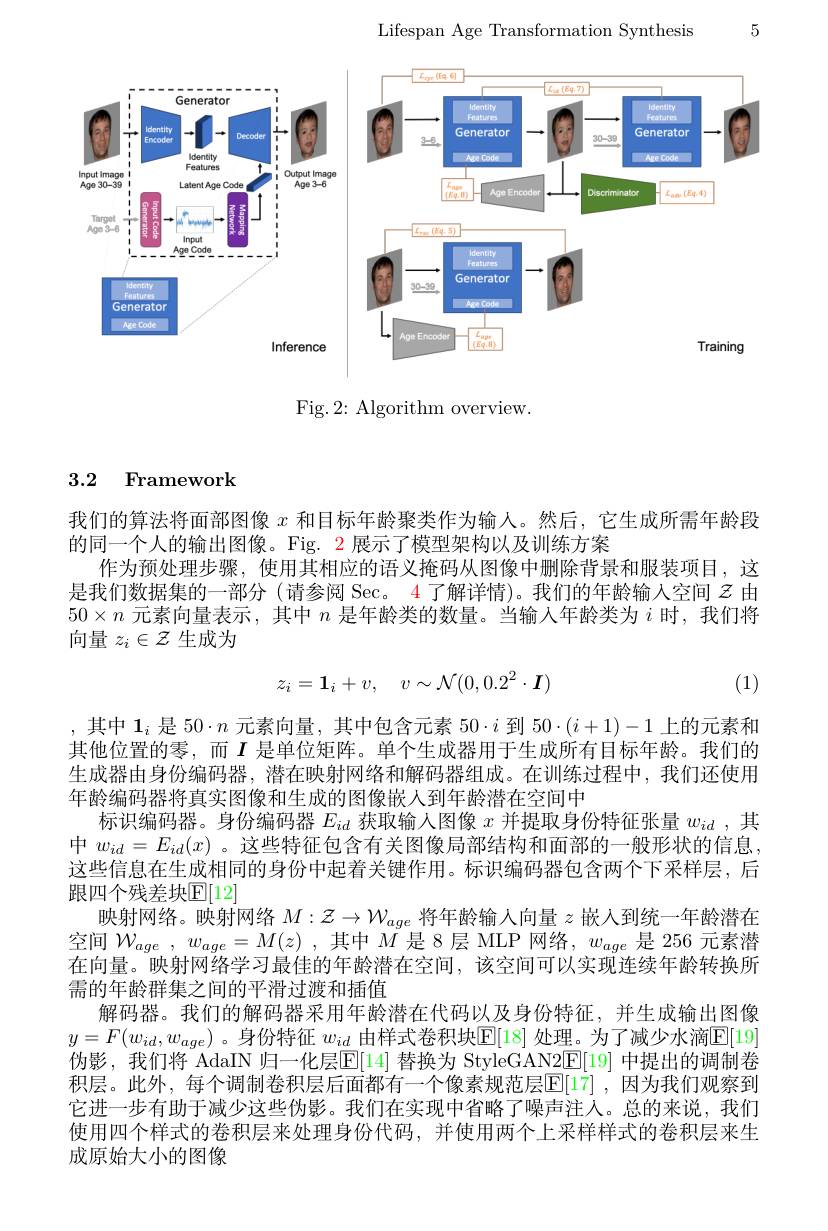
5

Lifespan Age Transformation Synthesis

<FigureHere>

Fig.2: Algorithm overview

## 3.2 Framework

我们的算法将面部图像$x$和目标年龄聚类作为输人。然后，它生成所需年龄段
的同一个人的输出图像。Fig. 2 展示了模型架构以及训练方案
作为预处理步骤，使用其相应的语义掩码从图像中删除背景和服装项目，这是我们数据集的一部分 (请参阅 Sec。4了解详情)。我们的年龄输入空间$z$由$50\times n$元素向量表示，其中$n$是年龄类的数量。当输入年龄类为$i$时，我们将向量$z_i\in\mathcal{Z}$生成为
$$z_i=\mathbf{1}_i+v,\quad v\sim\mathcal{N}(0,0.2^2\cdot\boldsymbol{I})$$
(1)

,其中$\mathbf{1}_i$是 50$\cdot n$元素向量，其中包含元素 50$\cdot i$到$50\cdot(i+1)-1$上的元素和其他位置的零，而$I$ 是单位矩阵。单个生成器用于生成所有目标年龄。我们的生成器由身份编码器，潜在映射网络和解码器组成。在训练过程中，我们还使用年龄编码器将真实图像和生成的图像嵌人到年龄潜在空间中
标识编码器。身份编码器$E_id$获取输人图像$x$并提取身份特征张量$w_id$ ,其中$w_{id}=E_{id}(x)$ 。这些特征包含有关图像局部结构和面部的一般形状的信息这些信息在生成相同的身份中起着关键作用。标识编码器包含两个下采样层，后跟四个残差块$\mathbb{E}[12]$
映射网络。映射网络$M:\mathcal{Z}\to\mathcal{W}_age$将年龄输人向量$z$嵌人到统一年龄潜在空间$\mathcal{W} _age$ , $w_{age}= M( z)$ ,其中$\bar{M}$是 8 层 MLP 网络，$w_age$是 256 元素潜在向量。映射网络学习最佳的年龄潜在空间，该空间可以实现连续年龄转换所需的年龄群集之间的平滑过渡和插值
解码器。我们的解码器采用年龄潜在代码以及身份特征，并生成输出图像$y=F(w_{id},w_{age})$。身份特征 $w_id$ 由样式卷积块$\mathbb{E}[18]$ 处理。为了减少水滴$\mathbb{E}[19]$ 伪影，我们将 AdaIN 归一化层$\underline{\mathrm{E}}[14]$ 替换为 StyleGAN2$\underline{\mathrm{E}}[19]$ 中提出的调制卷积层。此外，每个调制卷积层后面都有一个像素规范层[E][17],因为我们观察到它进一步有助于减少这些伪影。我们在实现中省略了噪声注人。总的来说，我们使用四个样式的卷积层来处理身份代码，并使用两个上采样样式的卷积层来生成原始大小的图像